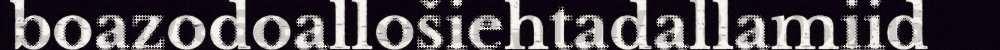
boazodoallošiehtadallamiid